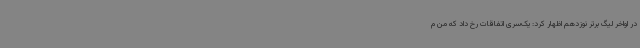
در اواخر لیگ برتر نوزدهم اظهار کرد: یک‌سری اتفاقات رخ داد که من م